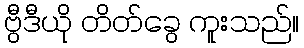
ဗွီဒီယို တိတ်ခွေ ကူးသည်။